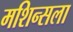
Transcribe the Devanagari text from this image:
मशिन्सला